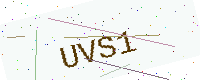
Text: UVS1